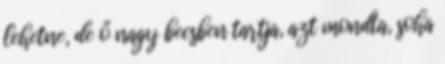
lehetne, de ő nagy becsben tartja, azt mondta, soha